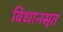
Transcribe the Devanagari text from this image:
विधानसूत